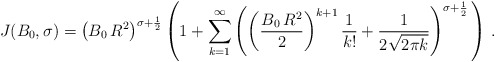
\begin{align*}J(B_0, \sigma) = \left(B_0\, R^2\right)^{\sigma+\frac 12}\left( 1 + \sum_{k=1}^\infty \left( \left(\frac{B_0\, R^2}{2}\right)^{k+1} \frac{1}{k!} + \frac{1}{2\sqrt{2\pi k}}\right)^{\sigma+\frac 12}\, \right)\, .\end{align*}